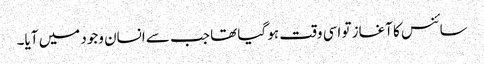
سائنس کا آغاز تو اسی وقت ہو گیا تھا جب سے انسان وجود میں آیا۔